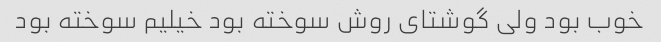
خوب بود ولی گوشتای روش سوخته بود خیلیم سوخته بود